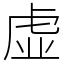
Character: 虚